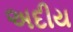
અદીય